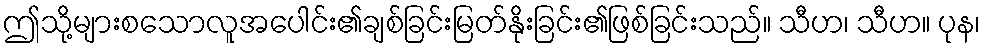
ဤသို့များစသောလူအပေါင်း၏ချစ်ခြင်းမြတ်နိုးခြင်း၏ဖြစ်ခြင်းသည်။ သီဟ၊ သီဟ။ ပုန၊